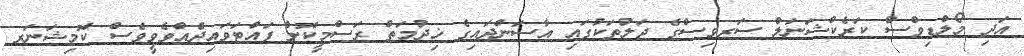
އަދި މޯލްޑިވްސް ކަރެކްޝަނަލް ސަރވިސްގެ ޖަލުތަކުގައި އާސަންދައިގެ ޚިދުމަތް ރަސްމީކޮށް ފައްޓަވައިދެއްވެވީވެސް ކޮމިޝަނަރ